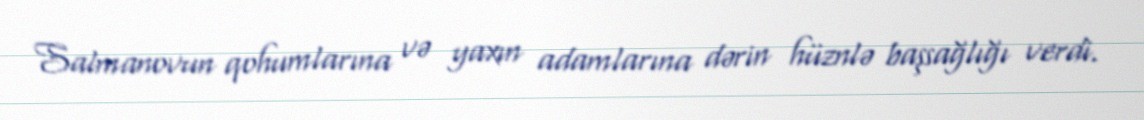
Salmanovun qohumlarına və yaxın adamlarına dərin hüznlə başsağlığı verdi.